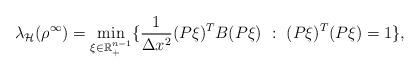
LaTeX: \begin{align*}\lambda_{\mathcal{H}}(\rho^{\infty})=\min_{\xi\in \mathbb{R}^{n-1}_+}\{ \frac{1}{\Delta x^2}(P\xi)^T B (P\xi)~:~(P\xi)^T(P\xi)=1\},\end{align*}